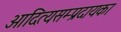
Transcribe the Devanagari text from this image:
आदित्यसम्प्रदायका